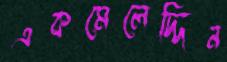
একমেলেদ্দিন